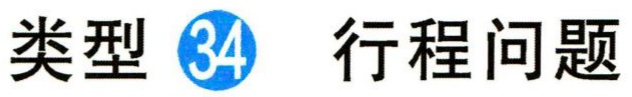
类型 \textcircled{34} 行程问题